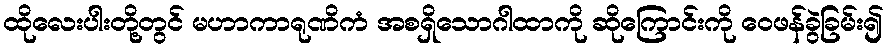
ထိုလေးပါးတို့တွင် မဟာကာရုဏိကံ အစရှိသောဂါထာကို ဆိုကြောင်းကို ဝေဖန်ခွဲခြမ်း၍